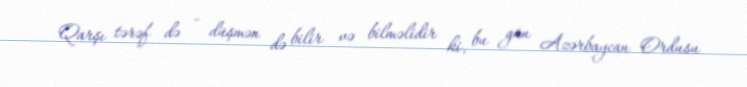
Qarşı tərəf də - düşmən də bilir və bilməlidir ki, bu gün Azərbaycan Ordusu